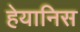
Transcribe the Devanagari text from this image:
हेयानिस